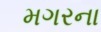
મગરના